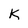
Character: k